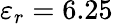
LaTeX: \varepsilon_{r}=6.25